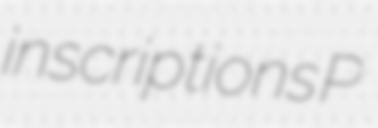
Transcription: inscriptions P